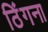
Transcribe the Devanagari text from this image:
ठिंगना